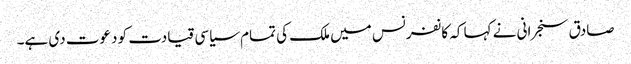
صادق سنجرانی نے کہا کہ کانفرنس میں ملک کی تمام سیاسی قیادت کو دعوت دی ہے۔